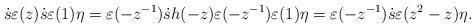
LaTeX: \begin{align*} \dot{s}\varepsilon(z) \dot{s} \varepsilon (1) \eta= \varepsilon(-z^{-1}) \dot{s} h(-z)\varepsilon(-z^{-1}) \varepsilon (1) \eta =\varepsilon(-z^{-1}) \dot{s} \varepsilon(z^2-z) \eta.\end{align*}